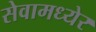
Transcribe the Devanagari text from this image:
सेवामध्येर